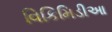
વિકિમિડીઆ